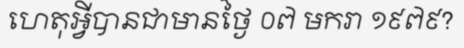
ហេតុអ្វីបានជាមានថ្ងៃ ០៧ មករា ១៩៧៩?